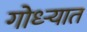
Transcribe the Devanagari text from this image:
गोध्ऱ्यात